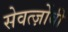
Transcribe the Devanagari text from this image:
सेवर्त्ज़ोवी